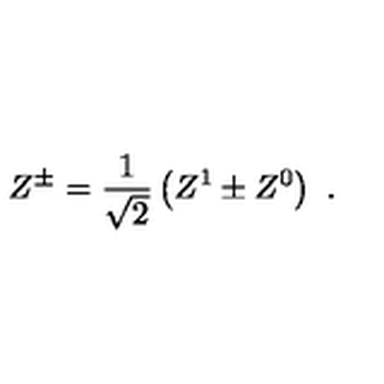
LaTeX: Z ^ { \pm } = \frac { 1 } { \sqrt { 2 } } \left( Z ^ { 1 } \pm Z ^ { 0 } \right) \ .